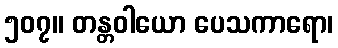
၅၀၇။ တန္တဝါယော ပေသကာရော၊